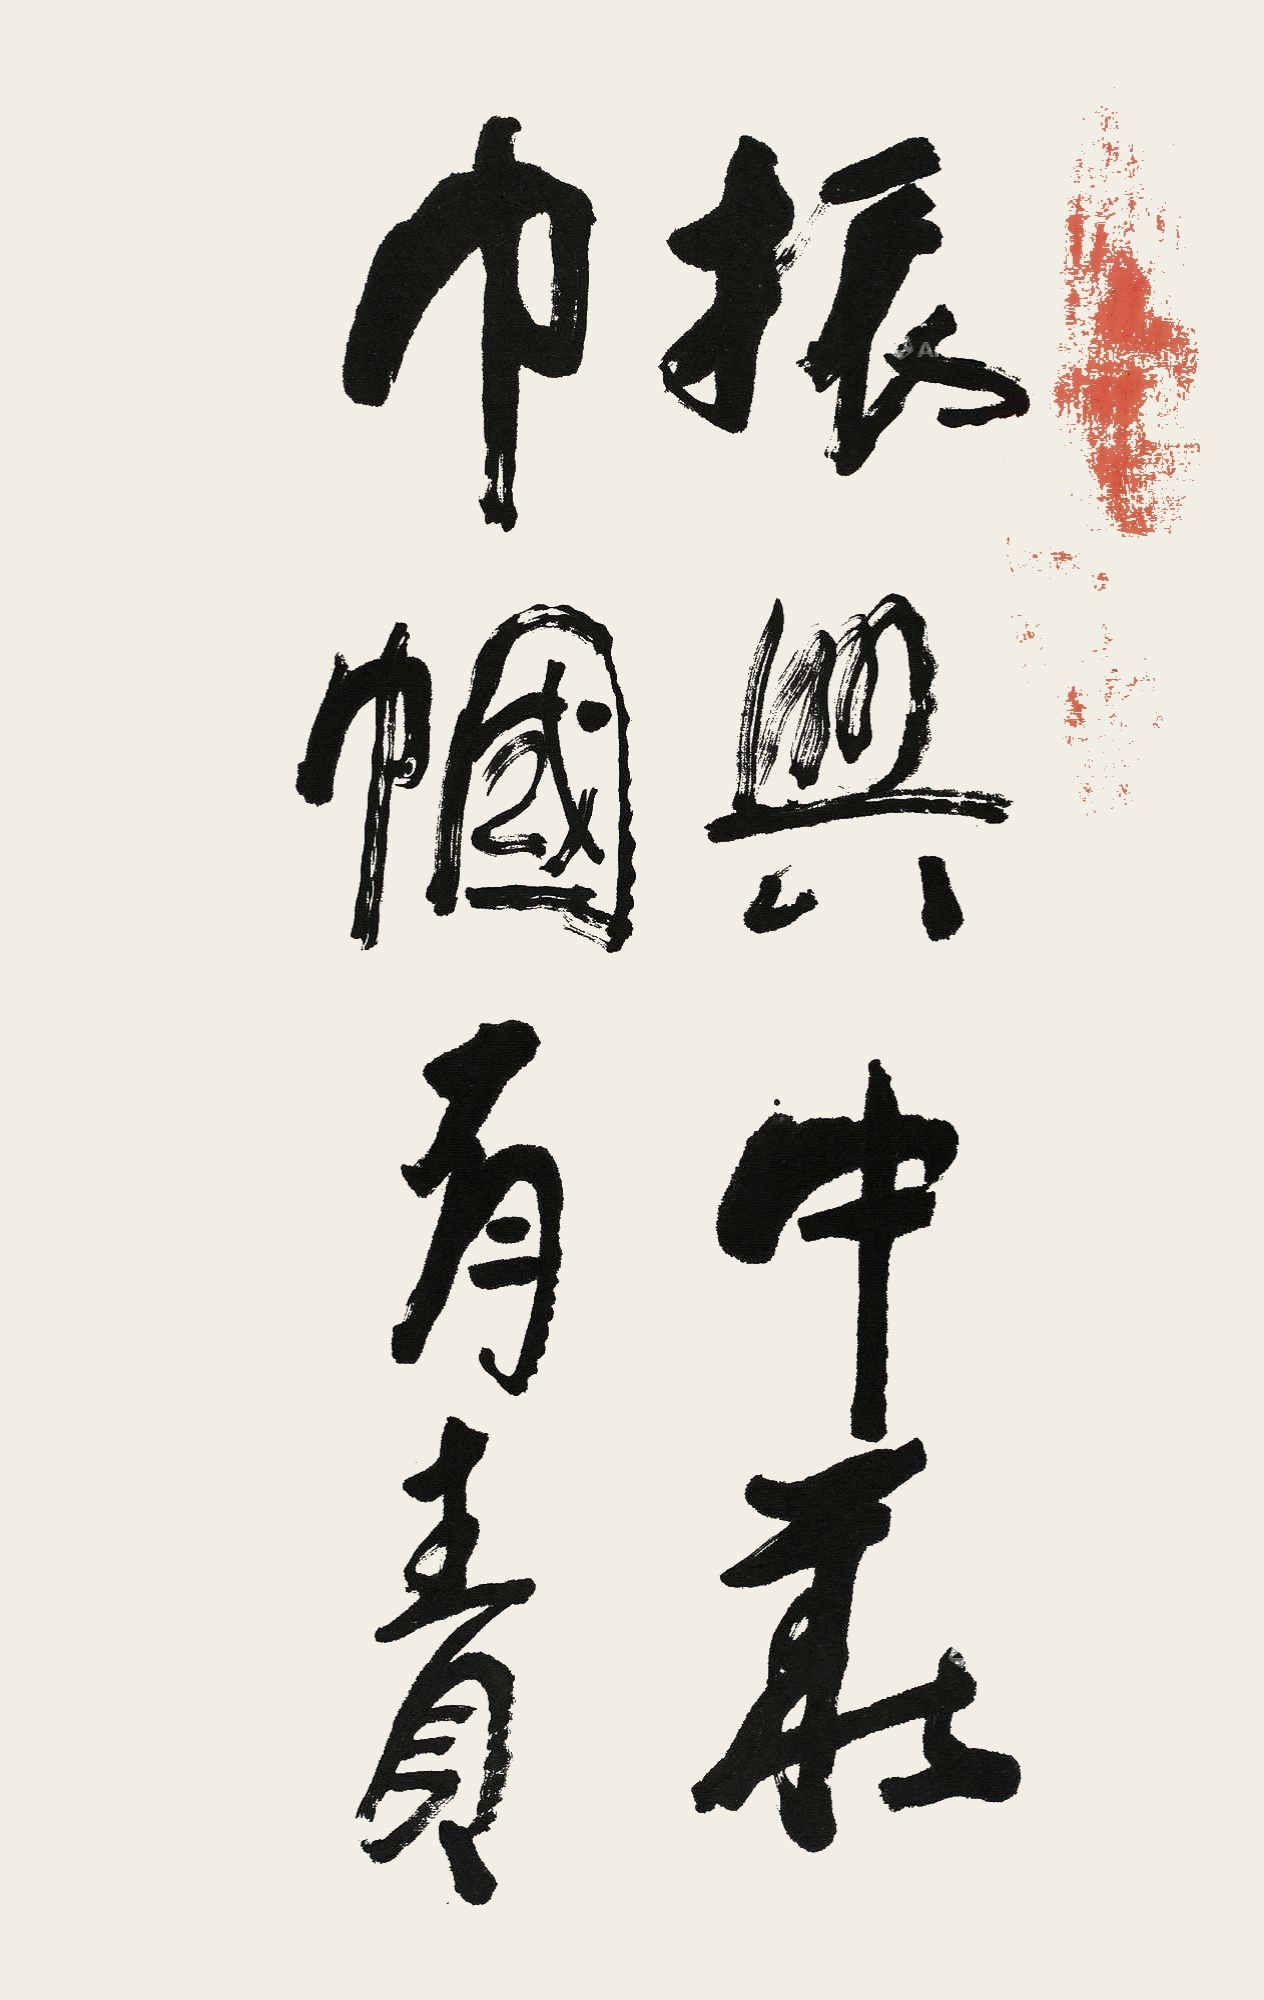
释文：振兴中华，巾帼有责。